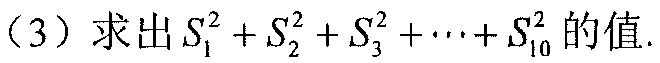
（3）求出\(S_{1}^{2}+S_{2}^{2}+S_{3}^{2}+\cdots +S_{10}^{2}\)的值.